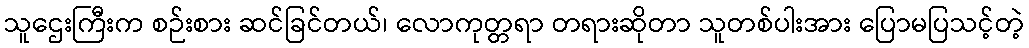
သူဌေးကြီးက စဉ်းစား ဆင်ခြင်တယ်၊ လောကုတ္တရာ တရားဆိုတာ သူတစ်ပါးအား ပြောမပြသင့်တဲ့